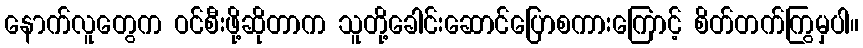
နောက်လူတွေက ဝင်စီးဖို့ဆိုတာက သူတို့ခေါင်းဆောင်ပြောစကားကြောင့် စိတ်တက်ကြွမှပါ။